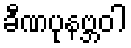
ခီဏပုနဗ္ဘဝါ